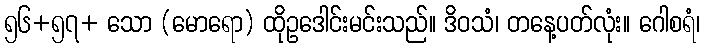
၅၆+၅၇+ သော (မောရော) ထိုဥဒေါင်းမင်းသည်။ ဒိဝသံ၊ တနေ့ပတ်လုံး။ ဂေါစရံ၊